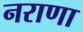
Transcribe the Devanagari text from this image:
नराणा